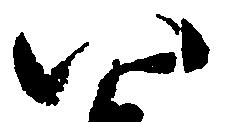
八